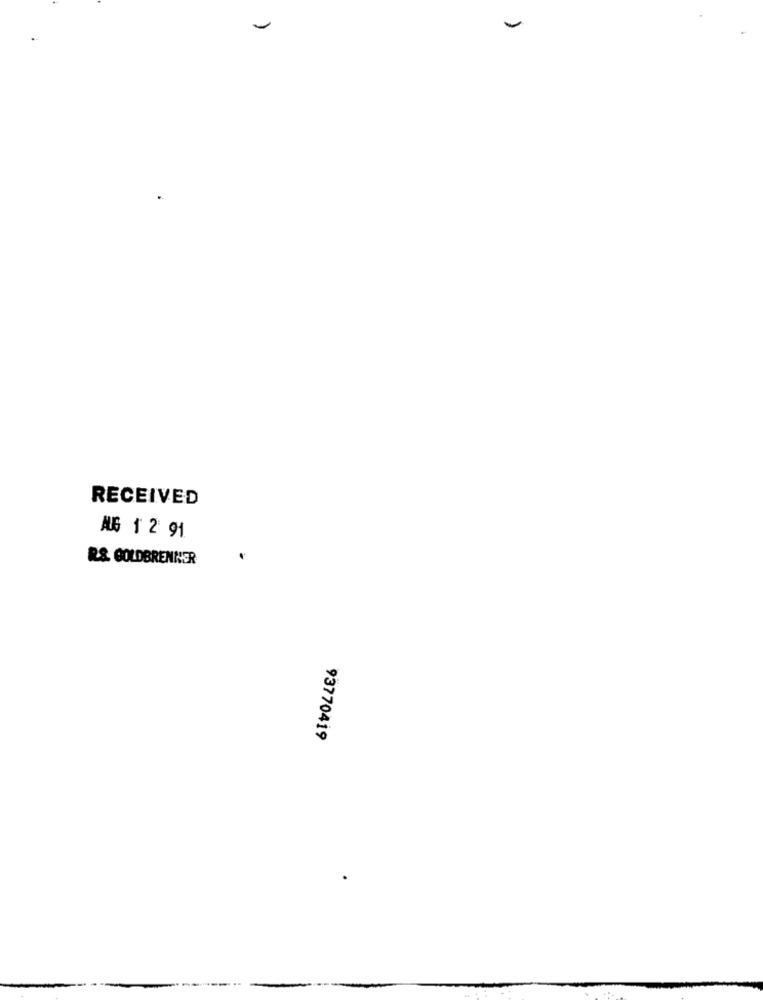
RECEIVED
AG 1 2 91
R& GOLDBRENNER
93770419